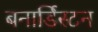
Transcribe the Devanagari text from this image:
बनार्डिस्टन